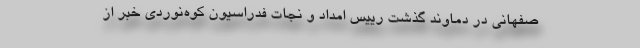
صفهانی در دماوند گذشت رییس امداد و نجات فدراسیون کوه‌نوردی خبر از